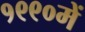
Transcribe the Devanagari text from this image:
१९९०में